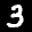
Label: 3